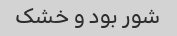
شور بود و خشک